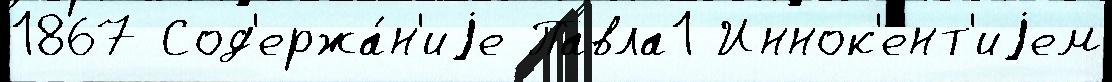
1867 Сод'ержа́н'иjе Павла1 Иннок'ент'иjем